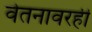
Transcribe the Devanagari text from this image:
वेतनावरही